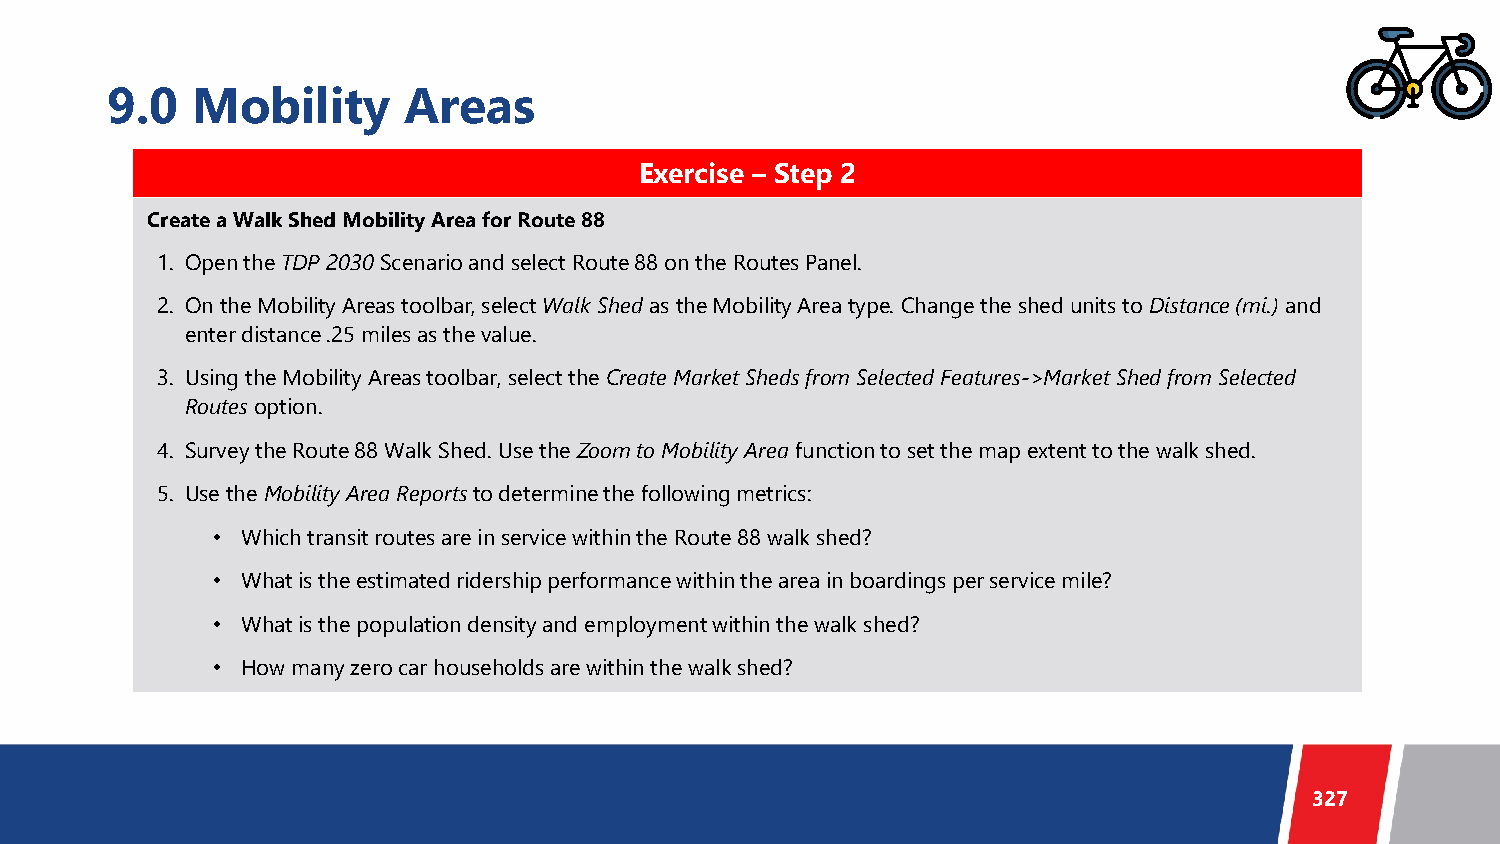
9.0   Mobility      Areas
 Exercise – Step 2
 Create a Walk Shed Mobility Area for Route 88
 1. Open the TDP 2030 Scenario and select Route 88 on the Routes Panel.
 2. On the Mobility Areas toolbar, select Walk Shed as the Mobility Area type. Change the shed units to Distance (mi.)and
 enter distance .25 miles as the value.
 3. Using the Mobility Areas toolbar, select the Create Market Sheds from Selected Features->Market Shed from Selected
 Routes option.
 4. Survey the Route 88 Walk Shed. Use the Zoom to Mobility Areafunction to set the map extent to the walk shed.
 5. Use the Mobility Area Reports to determine the following metrics:
 • Which transit routes are in service within the Route 88 walk shed?
 • What is the estimated ridership performance within the area in boardingsper service mile?
 • What is the population density and employment within the walk shed?
 • How many zero car households are within the walk shed?
 327